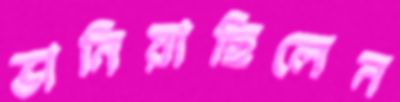
ভানিয়াছিলেন